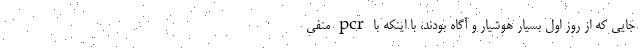
جایی که از روز اول بسیار هوشیار و آگاه بودند، با اینکه با pcr منفی